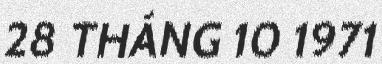
28 THÁNG 10 1971